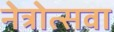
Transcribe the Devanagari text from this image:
नेत्रोत्सवा